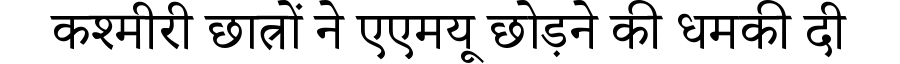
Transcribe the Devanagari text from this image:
कश्मीरी छात्रों ने एएमयू छोड़ने की धमकी दी